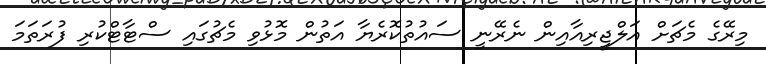
މިރޭގެ މެޗަށް އަލްޖީރިއާއިން ނެރޭނީ ސައުތުކޮރެޔާ އަތުން މޮޅުވި މެޗުގައި ސްޓާޓްކުރި ފުރަތަމަ